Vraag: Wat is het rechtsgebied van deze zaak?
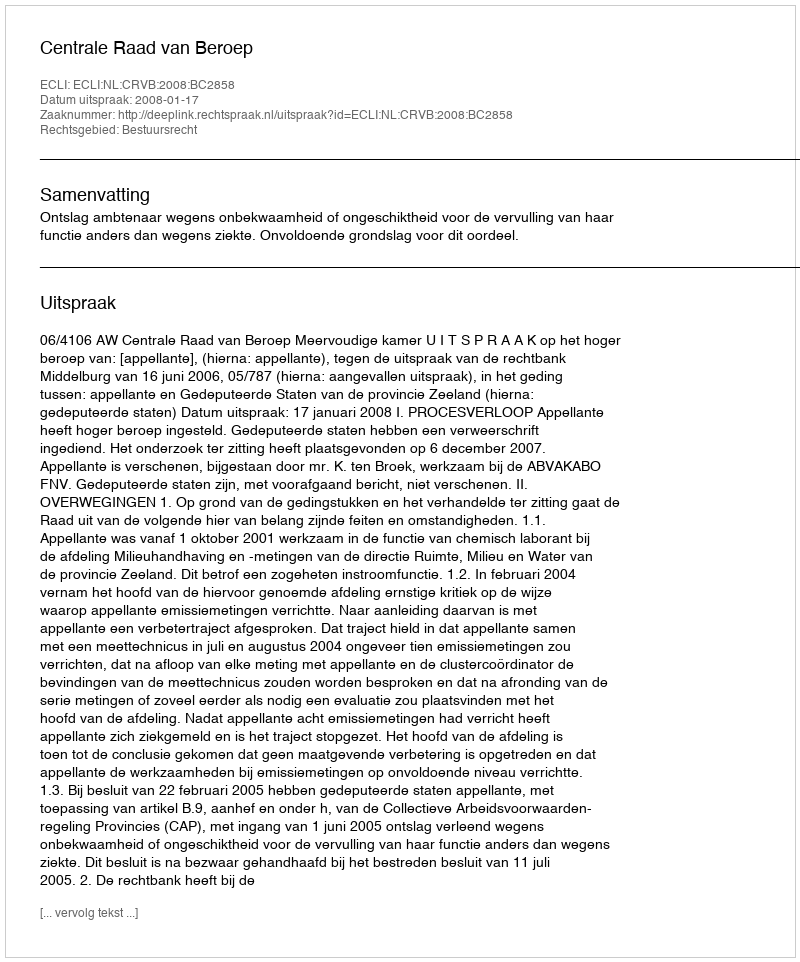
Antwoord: Bestuursrecht